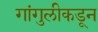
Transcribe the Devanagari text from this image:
गांगुलीकडून